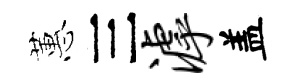
蕙三滹盖